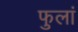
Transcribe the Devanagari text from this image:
फुलां